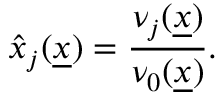
\hat { x } _ { j } ( \underline { { x } } ) = \frac { \nu _ { j } ( \underline { { x } } ) } { \nu _ { 0 } ( \underline { { x } } ) } .